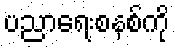
ပညာရေးစနစ်ကို